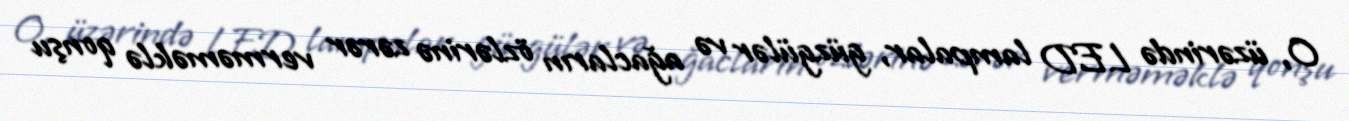
O, üzərində LED lampalar, güzgülər və ağacların özlərinə zərər verməməklə qonşu